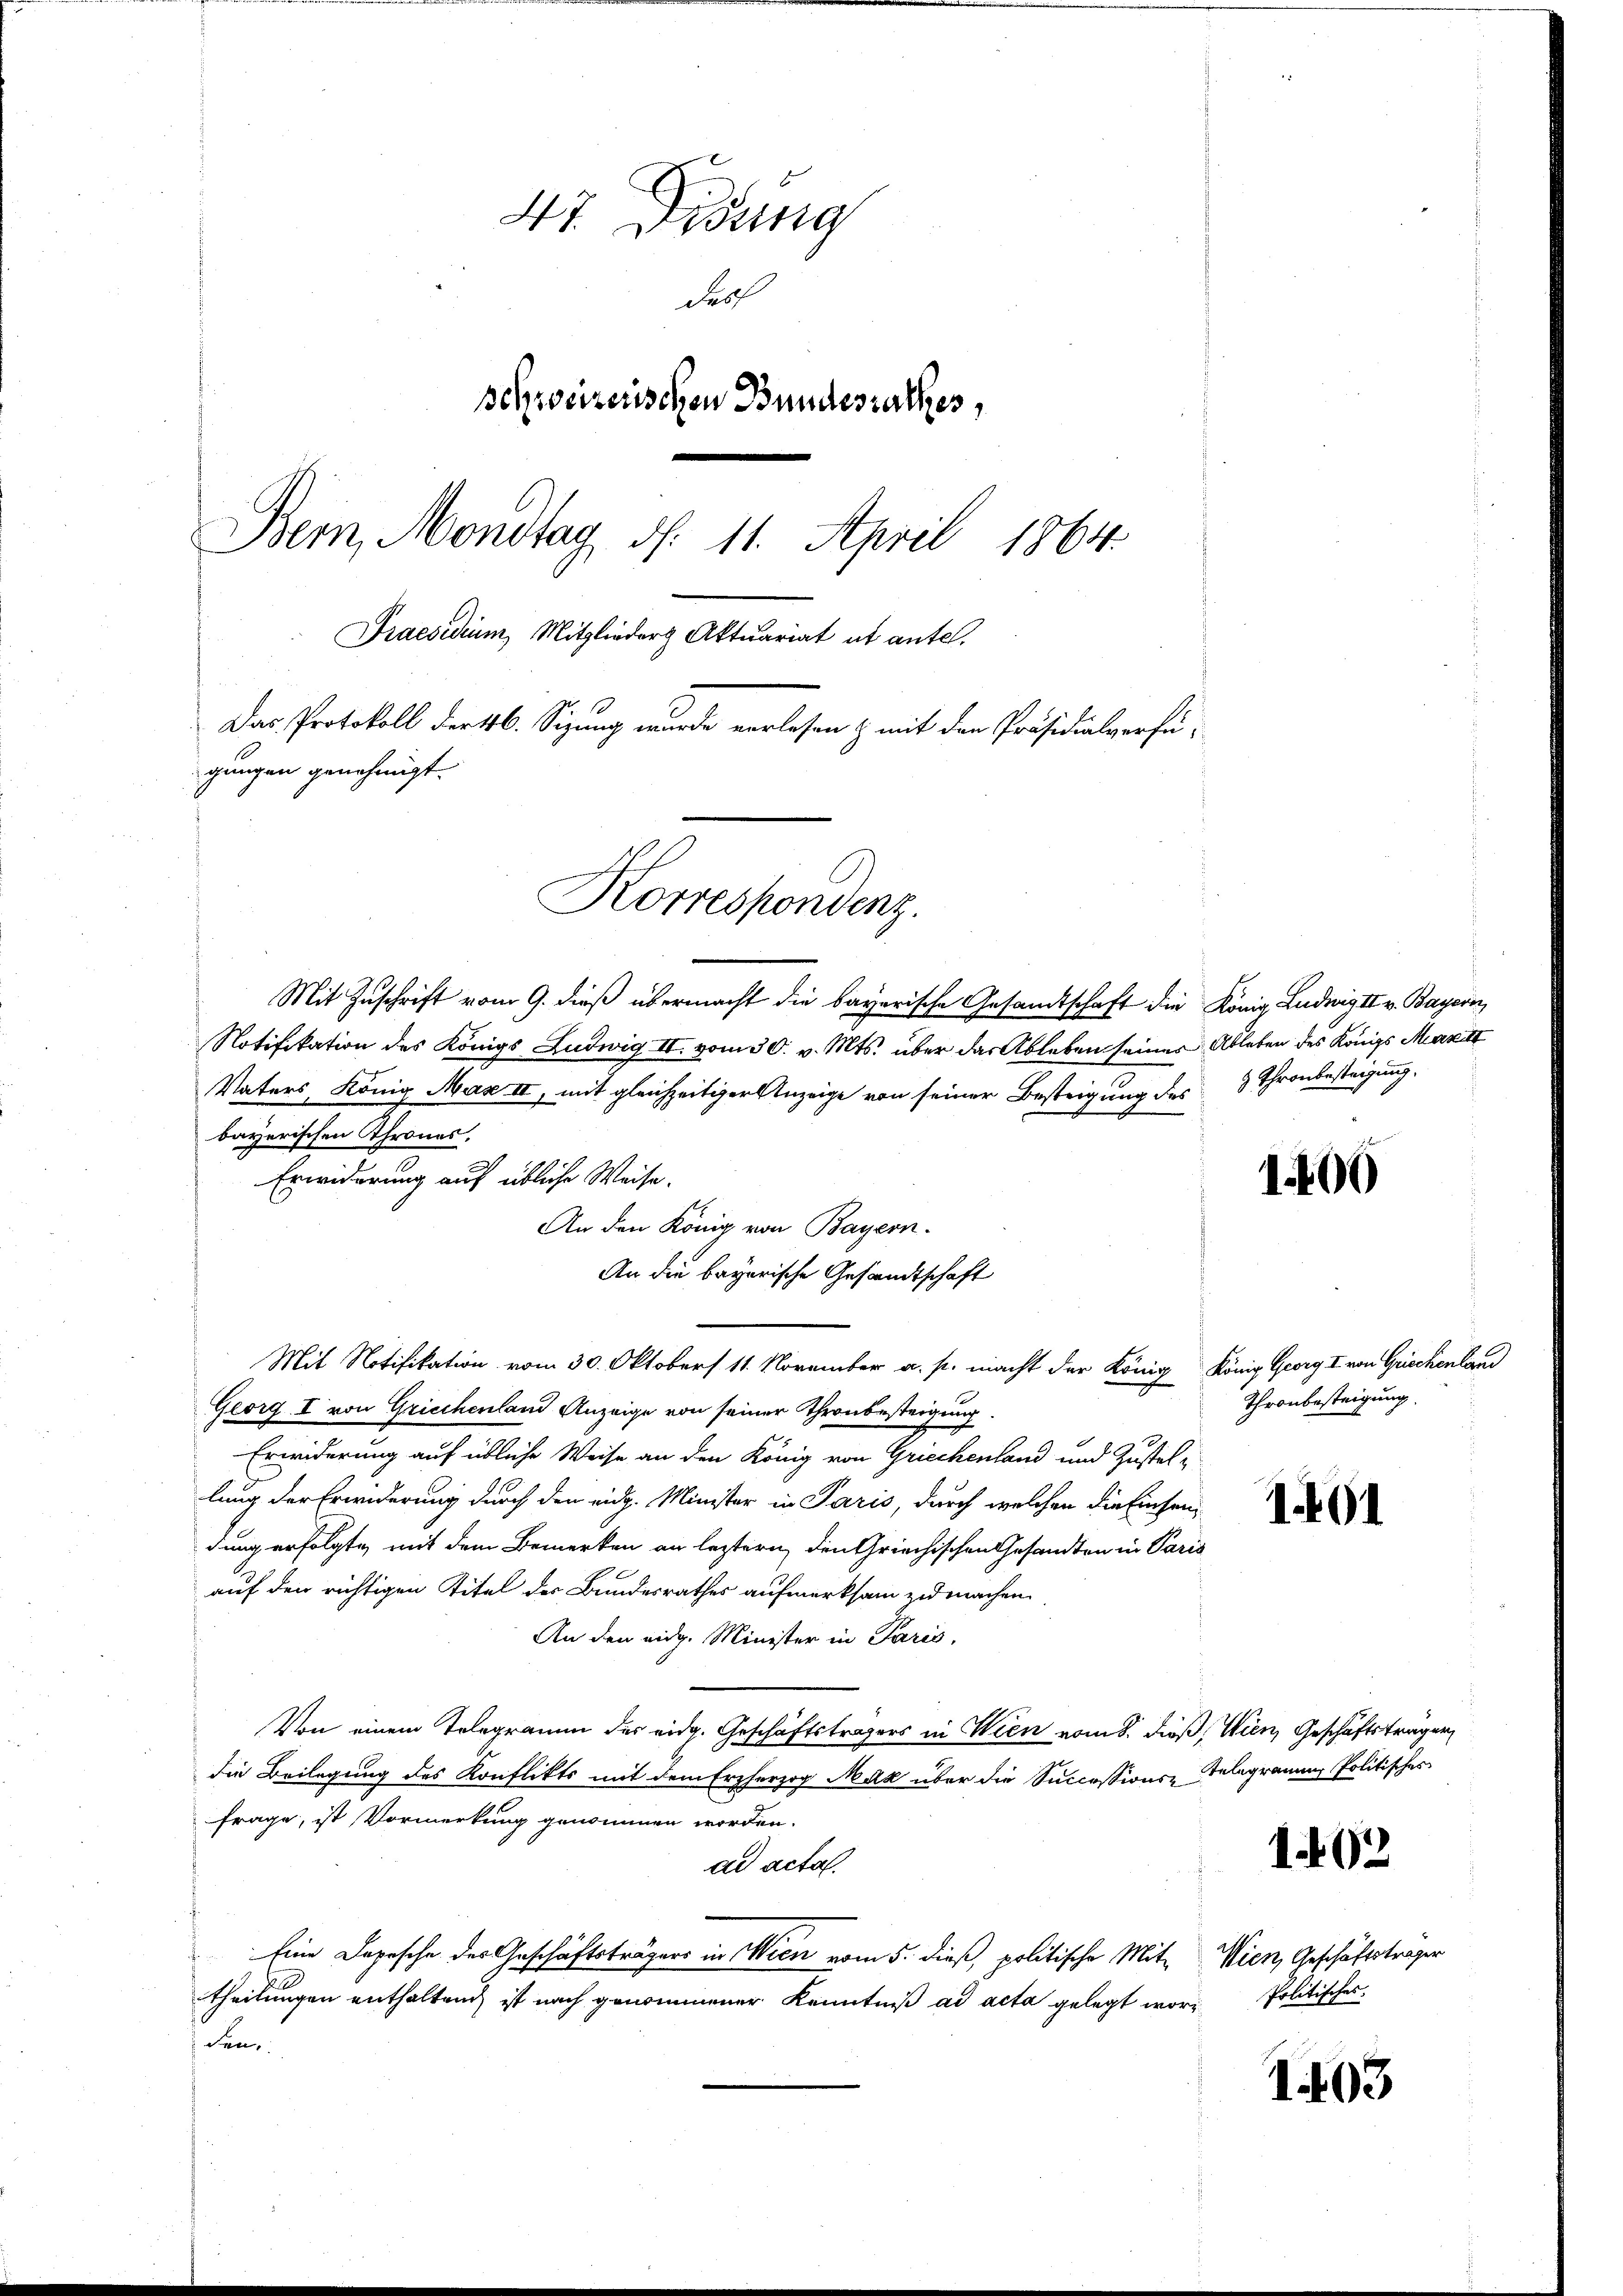
47. Disung
dro
schweizerischen Bundesrathes,
Bern, Mondtag d. 11. April 1864.
Praesidium, Mitglieder Aktuariat ut antel.
Das Protokoll der 46. Sizung wurde vorlesen & mit den Präsidialverfü-
gungen genehmigt.
Korrespondenz.

Mit Zuschrift vom 9. dieß übermacht die bayerische Gesandtschaft die König Ludwig II v. Bayern
Notifikation des Königs Ludwig II. vom 30. v. Mts. über das Ableben seines Ableben des Königs Mart
Vaters, König Max II, mit gleichzeitiger Anzeige von seiner Besteigung des Thronbesteigung.
bayerischen Thrones.
Erwiderung auf übliche Weise.
An den König von Bayern.
An die bayerische Gesandtschaft
Mit Notifikation vom 30. Oktober 11. November a. p. macht der König König. Georg I von Griechenland
Georg I von Griechenland Anzeige von seiner Thronbesteigung
Erwiderung auf übliche Weise an den König von Griechenland und Zustel-
lung der Erwiderung durch den eidg. Minister in Paris, durch welchen die Einsendung erfolgte, mit dem Bemerken an leztern, den Griechischen Gesandten in Paris
auf den richtigen Titel des Bundesrathes aufmerksam zu machen.
An den eidg. Minister in Paris,
Von einem Telegramm des eidg. Geschäftsträgers in Wien vom 8. dieß, Wien, Geschäftsträger
die Beilegung des Konflikts mit dem Erzherzog Max über die Successions-Gelegramms Politisches
Frage, ist Vormerkung genommen worden.
ad acta.
Eine Depesche des Geschäftsträgers in Wien vom 5. dieß, politische Mit- Wien, Geschäftsträger
theilungen enthalten ist nach genommener Kenntniß ad acta gelegt worden

1400

Thronbesteigung.

1

1492

Politisches

1403